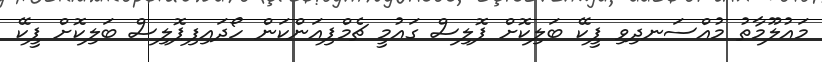
މައުލޫމާތު މުއްސަނދިވި ޕީކޭ ބަލިކޮށް ޕޮލިސް ގައުމީ ޗެމްޕިއަންކަން ހޯދައިފިޕޮލިސް ބަލިކޮށް ޕީކޭ